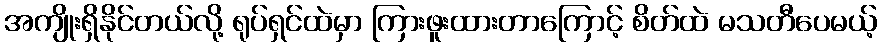
အကျိုးရှိနိုင်တယ်လို့ ရုပ်ရှင်ထဲမှာ ကြားဖူးထားတာကြောင့် စိတ်ထဲ မသတီပေမယ့်